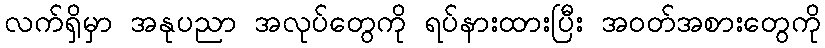
လက်ရှိမှာ အနုပညာ အလုပ်တွေကို ရပ်နားထားပြီး အဝတ်အစားတွေကို